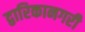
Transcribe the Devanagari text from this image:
द्वारिकानगरी